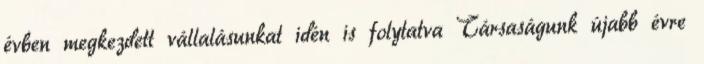
évben megkezdett vállalásunkat idén is folytatva Társaságunk újabb évre